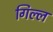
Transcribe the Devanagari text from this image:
गिल्ल